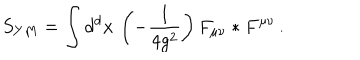
S _ { Y M } = \int d ^ { d } x \, \left( - \frac { 1 } { 4 g ^ { 2 } } \right) F _ { \mu \nu } * F ^ { \mu \nu } \, .